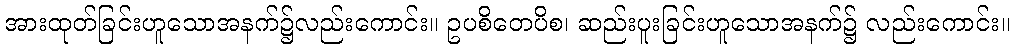
အားထုတ်ခြင်းဟူသောအနက်၌လည်းကောင်း။ ဥပစိတေပိစ၊ ဆည်းပူးခြင်းဟူသောအနက်၌ လည်းကောင်း။